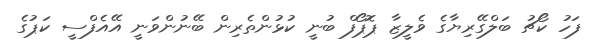
ފަހު ކޯޗު ބަލްގޭރިޔާގެ ވެލީޒާ ޕޮޕޯފް ބުނީ ކުޅުންތެރިން ބޭނުންވަނީ އޭއެފްސީ ކަޕުގެ